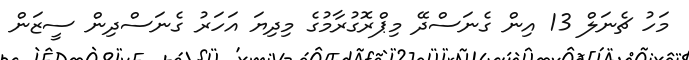
މަހު ޗެނަލް 13 އިން ގެނަސްދޭ މިޕްރޮގުރާމުގެ މިދިޔަ އަހަރު ގެނަސްދިން ސީޒަން